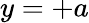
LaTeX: y=+a